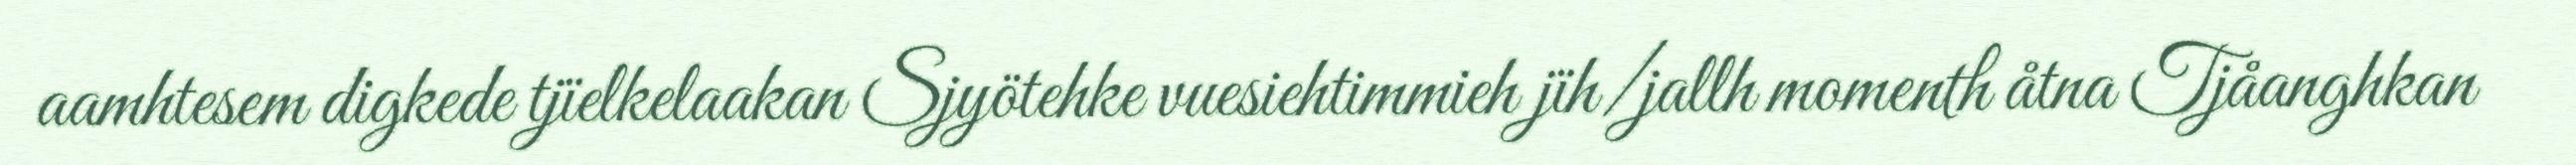
aamhtesem digkede tjïelkelaakan Sjyötehke vuesiehtimmieh jïh/jallh momenth åtna Tjåanghkan